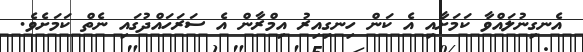
އެނގިނުލައްވާ ކަމަށާއި އެ ކަން ހިނގިއިރު އިމްރާން އެ ސަރަހައްދުގައި ނެތް ކަމަށެވެ.